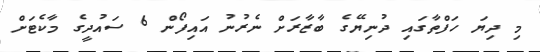
މި ދިޔަ ހަފްތާގައި ދުނިޔޭގެ ބާޒާރަށް ނެރުނު އައިފޯން 6 ސައުދީގެ މާކެޓަށް